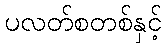
ပလတ်စတစ်နှင့်